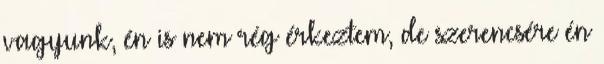
vagyunk, én is nem rég érkeztem, de szerencsére én